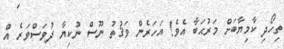
ތިހޯދި ކާމިޔާބަށް މަރުޙަބާ އެވެ! އަހަރެން ވަޤުތު ނޫސް ނުކިޔާ ދުވަސްވަރެ އް